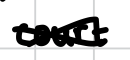
Text: court
Cross-out: cross
Writing tool: digital_black